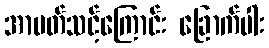
အာပတ်သင့်ကြောင်း ခြောက်ပါး